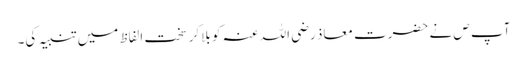
آپ ص نے حضرت معاذ رضی اللہ عنہ کو بلاکر سخت الفاظ میں تنبیہ کی۔